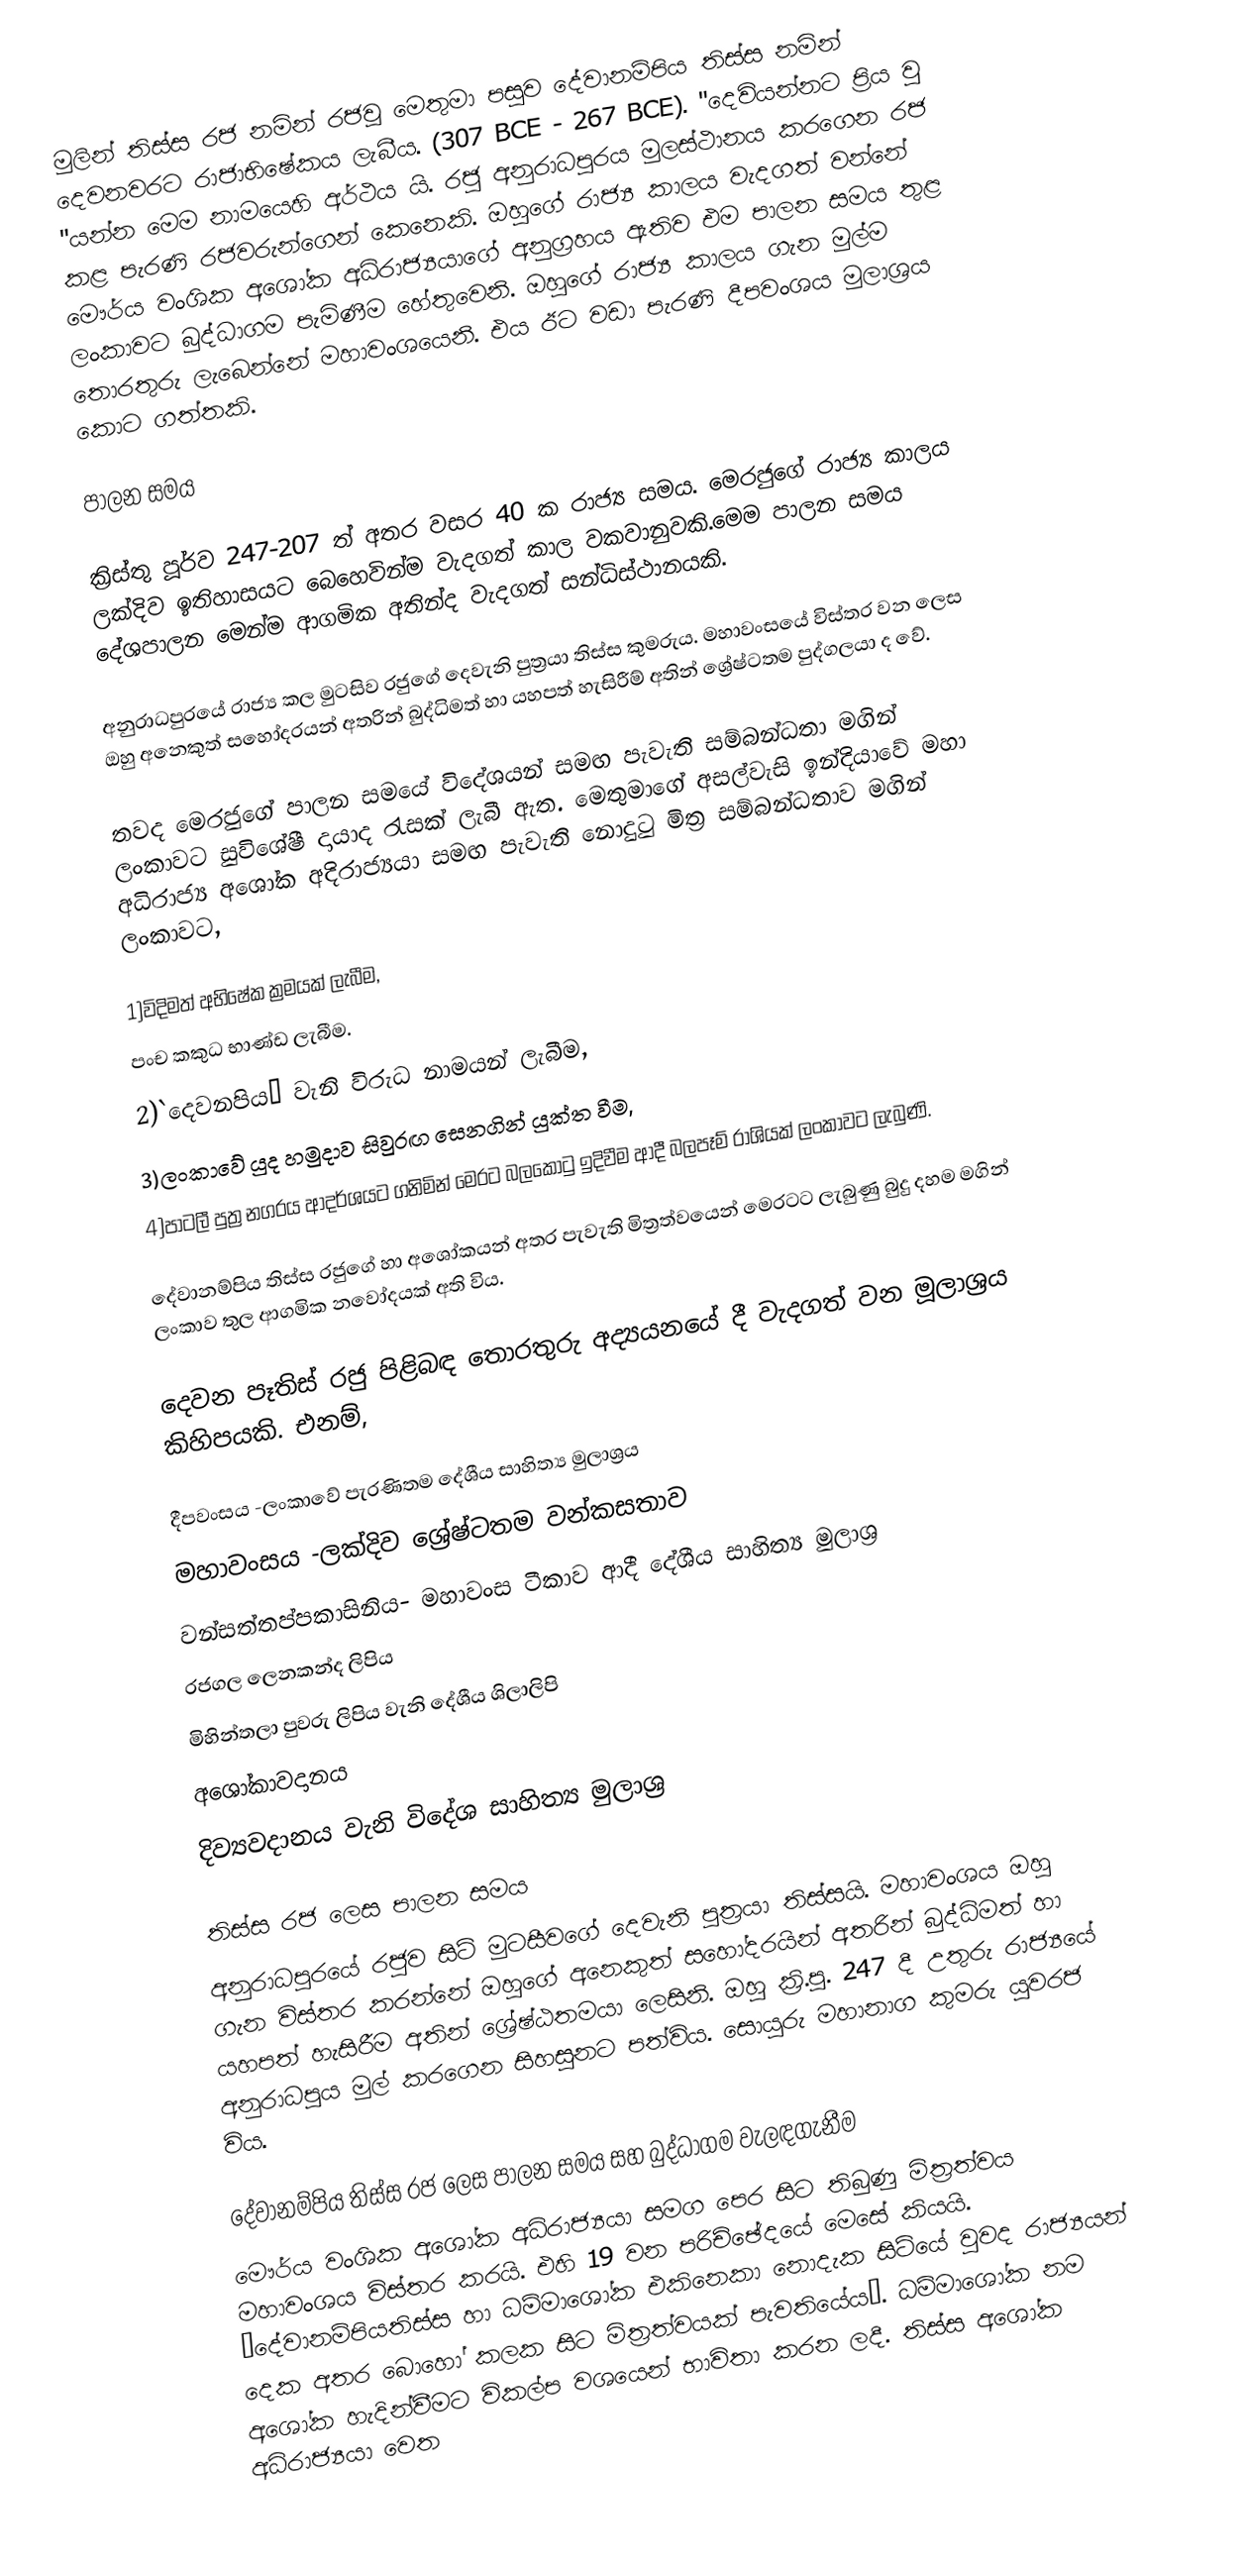
මුලින් තිස්ස රජ නමින් රජවූ මෙතුමා පසුව  දේවානම්පිය තිස්ස නමින් දෙවනවරට රාජාභිෂේකය ලැබීය. (307 BCE - 267 BCE). "දෙවියන්නට ප්‍රිය වු "යන්න මෙම නාමයෙහි අර්ථය යි. රජු අනුරාධපුරය මුලස්ථානය කරගෙන රජ කළ පැරණි රජවරුන්ගෙන් කෙනෙකි. ඔහුගේ රාජ්‍ය කාලය වැදගත් වන‍්නේ මෞර්ය වංශික අශෝක අධිරාජ්‍යයාගේ අනුග්‍රහය ඇතිව එම පාලන සමය තුළ ලංකාවට බුද්ධාගම පැමිණීම හේතුවෙනි. ඔහුගේ රාජ්‍ය කාලය ගැන මුල්ම තොරතුරු ලැබෙන්නේ මහාවංශයෙනි. එය ඊට වඩා පැරණි   දීපවංශය මුලාශ්‍රය කොට ගත්තකි.

පාලන සමය

ක්‍රිස්තු පූර්ව 247-207 ත් අතර වසර 40 ක රාජ්‍ය සමය. මෙරජුගේ රාජ්‍ය කාලය ලක්දිව ඉතිහාසයට බෙහෙවින්ම වැදගත් කාල වකවානුවකි.මෙම පාලන සමය දේශපාලන මෙන්ම ආගමික අතින්ද වැදගත් සන්ධිස්ථානයකි.

අනුරාධපුරයේ රාජ්‍ය කල මුටසිව රජුගේ දෙවැනි පුත්‍රයා තිස්ස කුමරුය. මහාවංසයේ විස්තර වන ලෙස ඔහු අනෙකුත් සහෝදරයන් අතරින් බුද්ධිමත් හා යහපත් හැසිරීම් අතින් ශ්‍රේෂ්ටතම පුද්ගලයා ද වේ.

තවද මෙරජුගේ පාලන සමයේ විදේශයන් සමඟ පැවැති සම්බන්ධතා මගින් ලංකාවට සුවිශේෂී දායාද රැසක් ලැබී ඇත. මෙතුමාගේ අසල්වැසි ඉන්දියාවේ මහා අධිරාජ්‍ය අශෝක අදිරාජ්‍යයා සමඟ පැවැති නොදුටු මිත්‍ර සම්බන්ධතාව මගින් ලංකාවට,

1)විදිමත් අභිෂේක ක්‍රමයක් ලැබීම,
පංච කකුධ භාණ්ඩ ලැබීම.
2)`දෙවනපිය´ වැනි විරුධ නාමයන් ලැබීම,
3)ලංකාවේ යුද හමුදාව සිවුරඟ සෙනගින් යුක්ත වීම,
4)පාටලී පුත්‍ර නගරය ආදර්ශයට ගනිමින් මෙරට බලකොටු ඉදිවීම ආදී බලපෑම් රාශියක් ලංකාවට ලැබුණි.

දේවානම්පිය තිස්ස රජුගේ හා අශෝකයන් අතර පැවැති මිත්‍රත්වයෙන් මෙරටට ලැබුණු බුදු දහම මගින් ලංකාව තුල ආගමික නවෝදයක් අති විය.

දෙවන පෑතිස් රජු පිළිබඳ තොරතුරු අද්‍යයනයේ දී වැදගත් වන මූලාශ්‍රය කිහිපයකි. එනම්,

දීපවංසය -ලංකාවේ පැරණිතම දේශීය සාහිත්‍ය මුලාශ්‍රය
මහාවංසය -ලක්දිව ශ්‍රේෂ්ටතම වන්කසතාව
වන්සත්තප්පකාසිනිය- මහාවංස ටීකාව ආදී දේශීය සාහිත්‍ය මුලාශ්‍ර
රජගල ලෙනකන්ද ලිපිය
මිහින්තලා පුවරු ලිපිය වැනි දේශීය ශිලාලිපි
අශෝකාවදානය
දිව්‍යවදානය වැනි විදේශ සාහිත්‍ය මුලාශ්‍ර

තිස්ස රජ ලෙස පාලන සමය
අනුරාධපුරයේ රජුව සිටි මුටසීවගේ දෙවැනි පුත්‍රයා තිස්සයි. මහාවංශය ඔහු ගැන විස්තර කරන්නේ ඔහුගේ අනෙකුත් සහෝදරයින් අතරින් බුද්ධිමත් හා යහපත් හැසිරීම අතින්   ශ්‍රේෂ්ඨතමයා ලෙසිනි. ඔහු ක්‍රි.පු. 247 දී උතුරු  රාජ්‍යයේ අනුරාධපුය මුල් ‍කරගෙන සිහසුනට පත්විය. සොයුරු මහානාග කුමරු යුවරජ විය.

දේවානම්පිය තිස්ස රජ ලෙස පාලන සමය සහ  බුද්ධාගම වැලඳගැනීම
මෞර්ය වංශික අශෝක අධිරාජ්‍යයා සමග පෙර සිට තිබුණු මිත්‍රත්වය මහාවංශය විස්තර කරයි. එහි 19 වන පරිච්ඡේදයේ මෙසේ කියයි. ‘දේවානම්පියතිස්ස හා ධම්මාශෝක එකිනෙකා නොදැක සිටියේ වුවද රාජ්‍යයන් දෙක අතර බොහෝ කලක සිට මිත්‍රත්වයක් පැවතියේය’. ධම්මාශෝක නම අශෝක හැදින්වීමට විකල්ප වශයෙන් භාවිතා කරන ලදී. තිස්ස අශෝක අධිරාජ්‍යයා වෙත